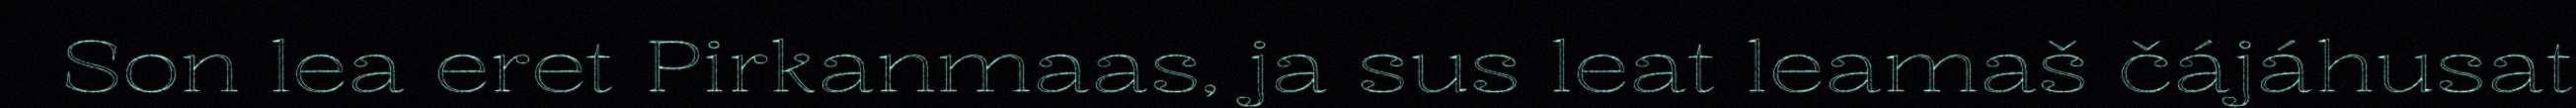
Son lea eret Pirkanmaas, ja sus leat leamaš čájáhusat